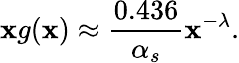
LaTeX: \mathbf{x}g(\mathbf{x})\approx\frac{{0.436}}{{\alpha_{s}}}\mathbf{x}^{-\lambda}.